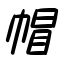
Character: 帽